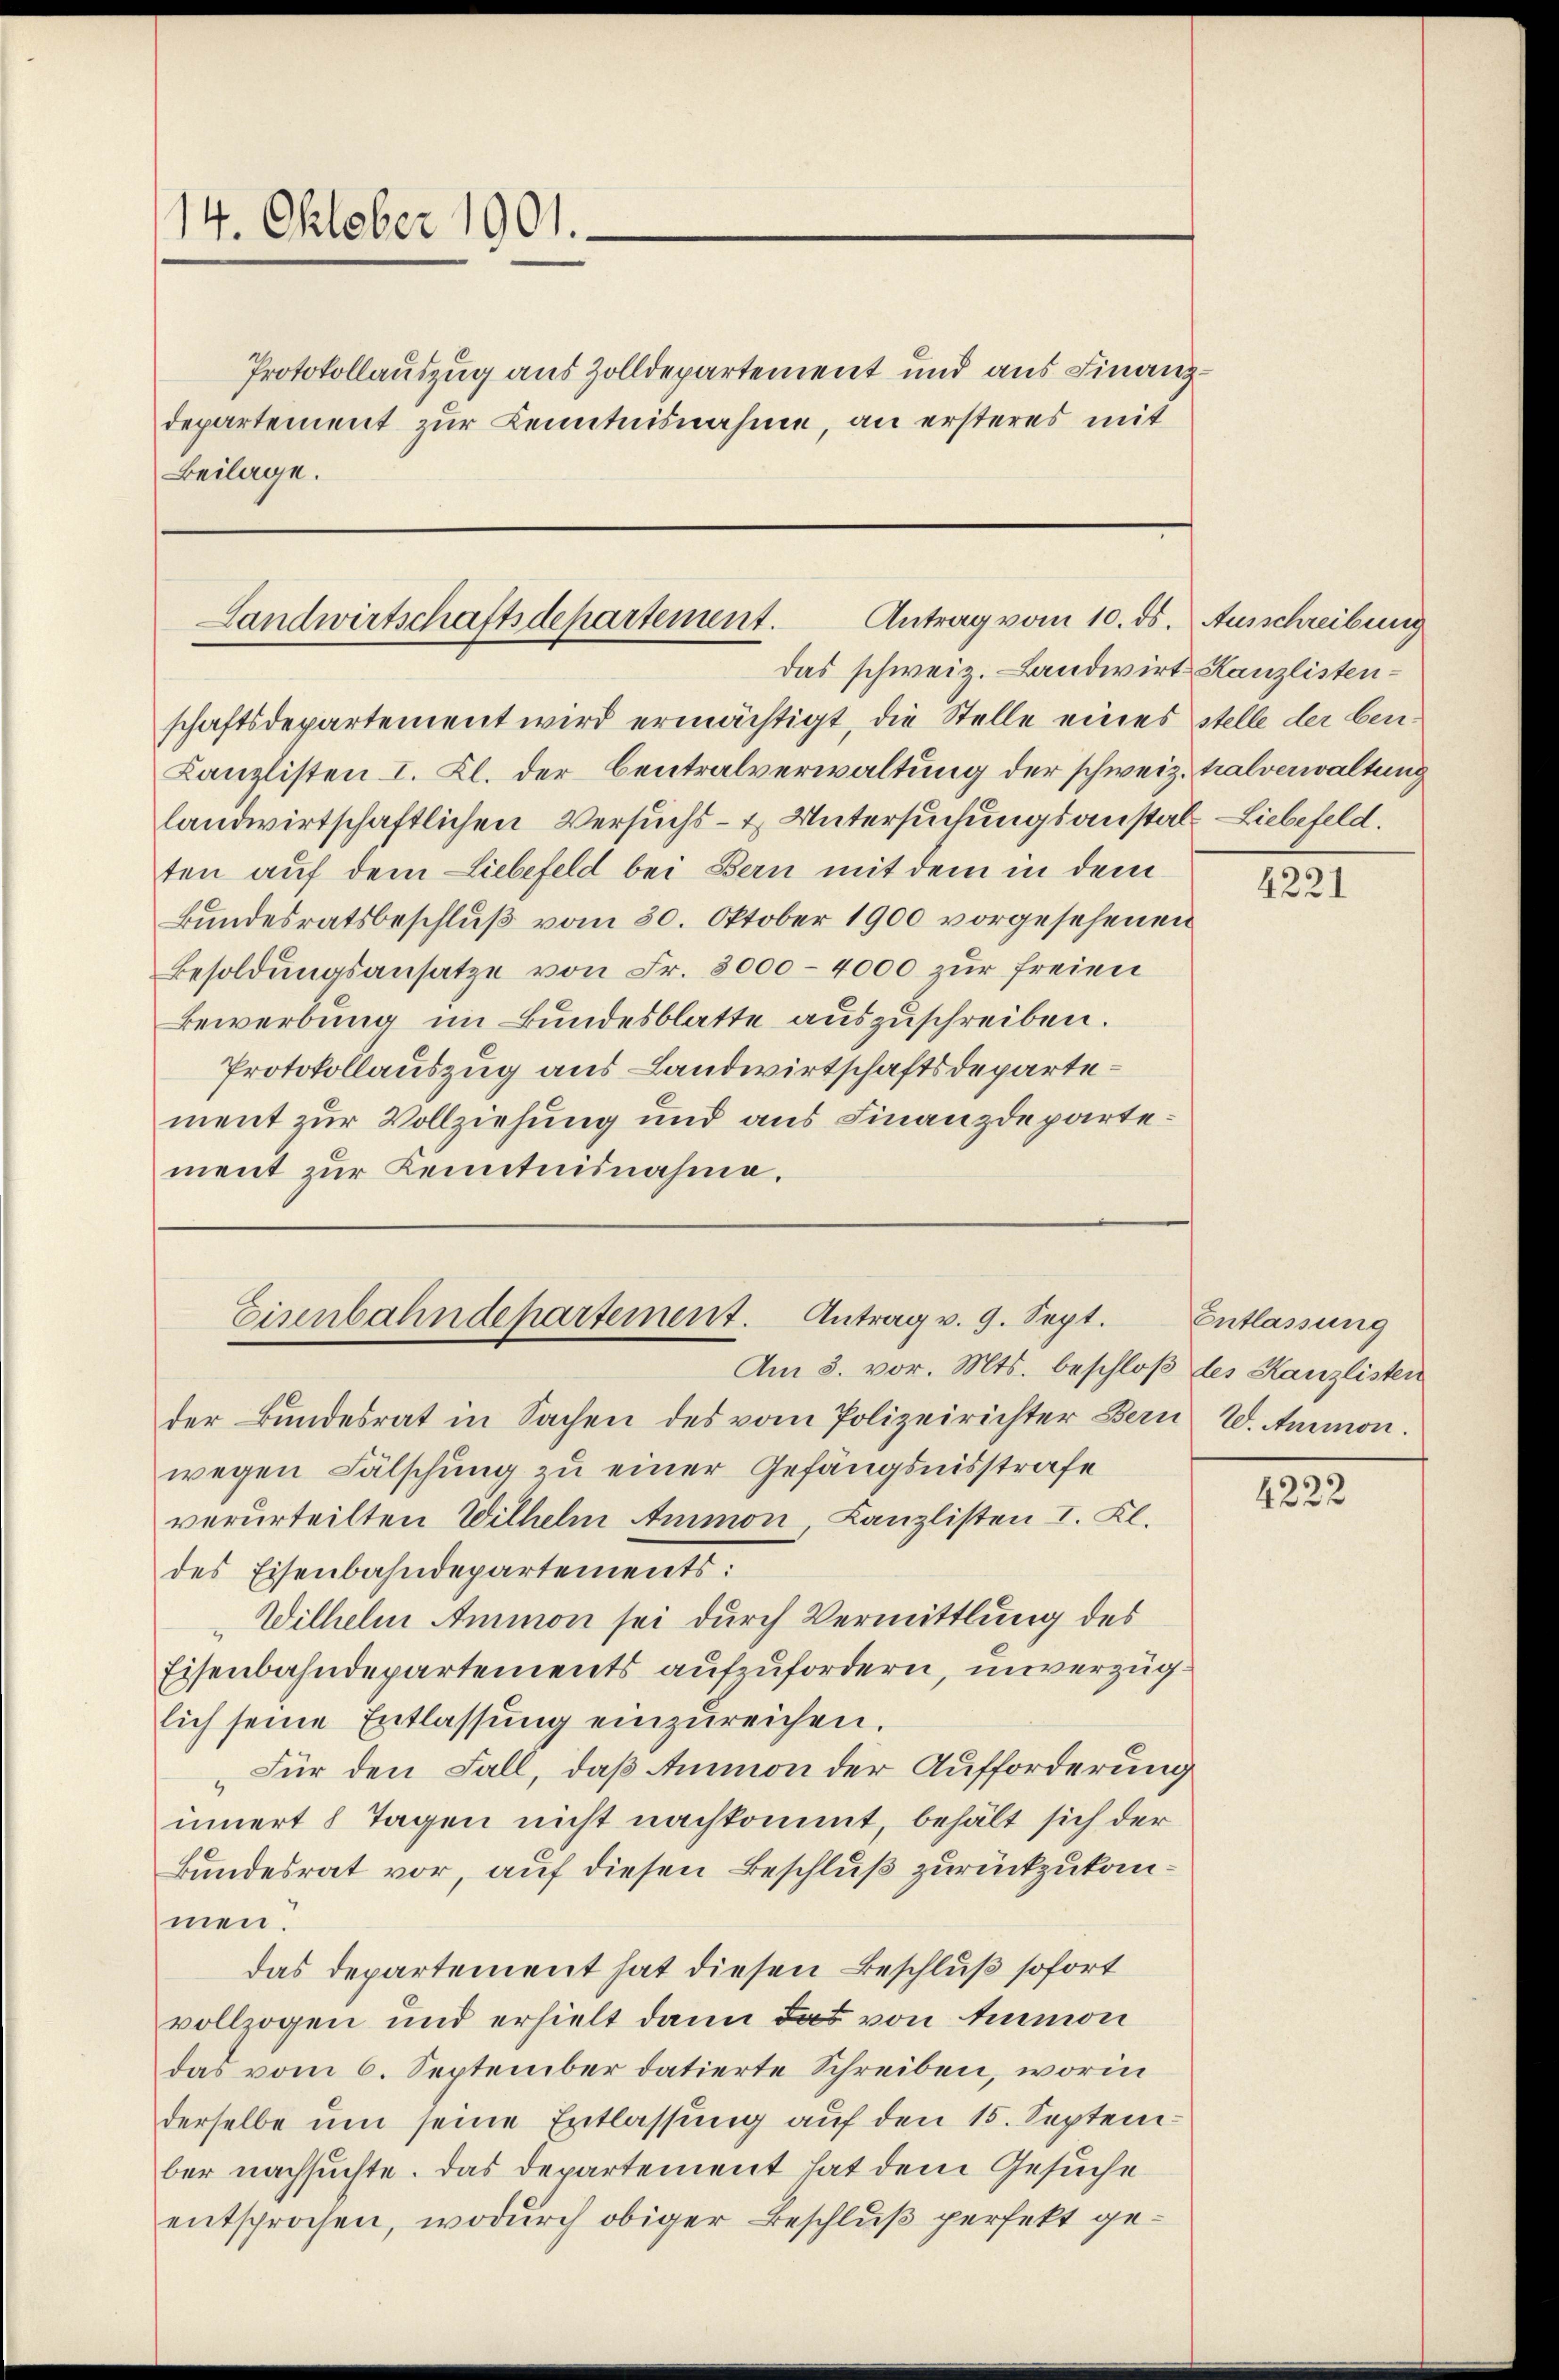
14. Oktober 1901.
Beilage.

Protokollauszug aus Zolldepartement und aus Finanzdepartement zur Kenntnisnahme, an ersteres mit

Antrag vom 10. ds. Ausschreibung
Landwirtschaftsdepartement.
das schweiz. Landwirt Kanzlisten¬

Eisenbahndepartement. Antrag v. 9. Sept.
Am 3. vor. Mts. beschloß des Kanzlisten

schaftsdepartement wird ermächtigt, die Stelle eines stelle der ben¬
Kanzlisten I. Kl. der Centralverwaltung der schweiz. halverwaltung
landwirtschaftlichen Versuchs- & Untersuchungsanstat- Liebefeld.
ten auf dem Liebefeld bei Bern mit dem in dem
Bundesratsbeschluß vom 30. Oktober 1900 vorgesehenen
Besoldungsansätze von Fr. 8000 - 4000 zur freien
Bewerbung im Bundesblatte auszuschreiben.
Protokollauszug aus Landwirtschaftsdepartement zur Vollziehung und aus Finanzdepartement zur Kenntnisnahme.

der Bundesrat in Sachen des vom Polizeirichter Bern W. Ammon.
wegen Fälschung zu einer Gefängnisstrafe
verurteilten Wilhelm Ammon Kanzlisten I. Kl.
des Eisenbahndepartements:
"Wilhelm Ammon sei durch Vermittlung des
Eisenbahndepartements aufzufordern, unverzüglich seine Entlassŭng einzŭreichen.
„Für den Fall, daß Ammon der Aufforderung
innert 8 Tagen nicht nachkommt, behält sich der
Bundesrat vor, auf diesen Beschluß zurückzukommen.
das Departement hat diesen Beschluß sofort
vollzogen und erhielt dann das von Ammon
das vom 6. September datierte Schreiben, worin
derselbe um seine Entlassung auf den 15. September nachsuchte. Das Departement hat dem Gesuche
entsprochen, wodurch obiger Beschluß perfekt ge¬

4221

Entlassung

4222